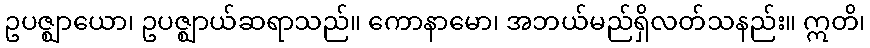
ဥပဇ္ဈာယော၊ ဥပဇ္ဈာယ်ဆရာသည်။ ကောနာမော၊ အဘယ်မည်ရှိလတ်သနည်း။ ဣတိ၊